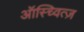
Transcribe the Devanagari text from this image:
ऑस्च्वित्ज़